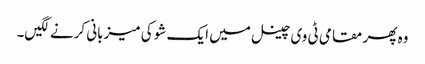
وہ پھر مقامی ٹی وی چینل میں ایک شو کی میزبانی کرنے لگیں۔